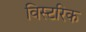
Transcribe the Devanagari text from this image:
विस्टरिक